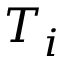
T _ { i }